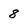
Character: 8